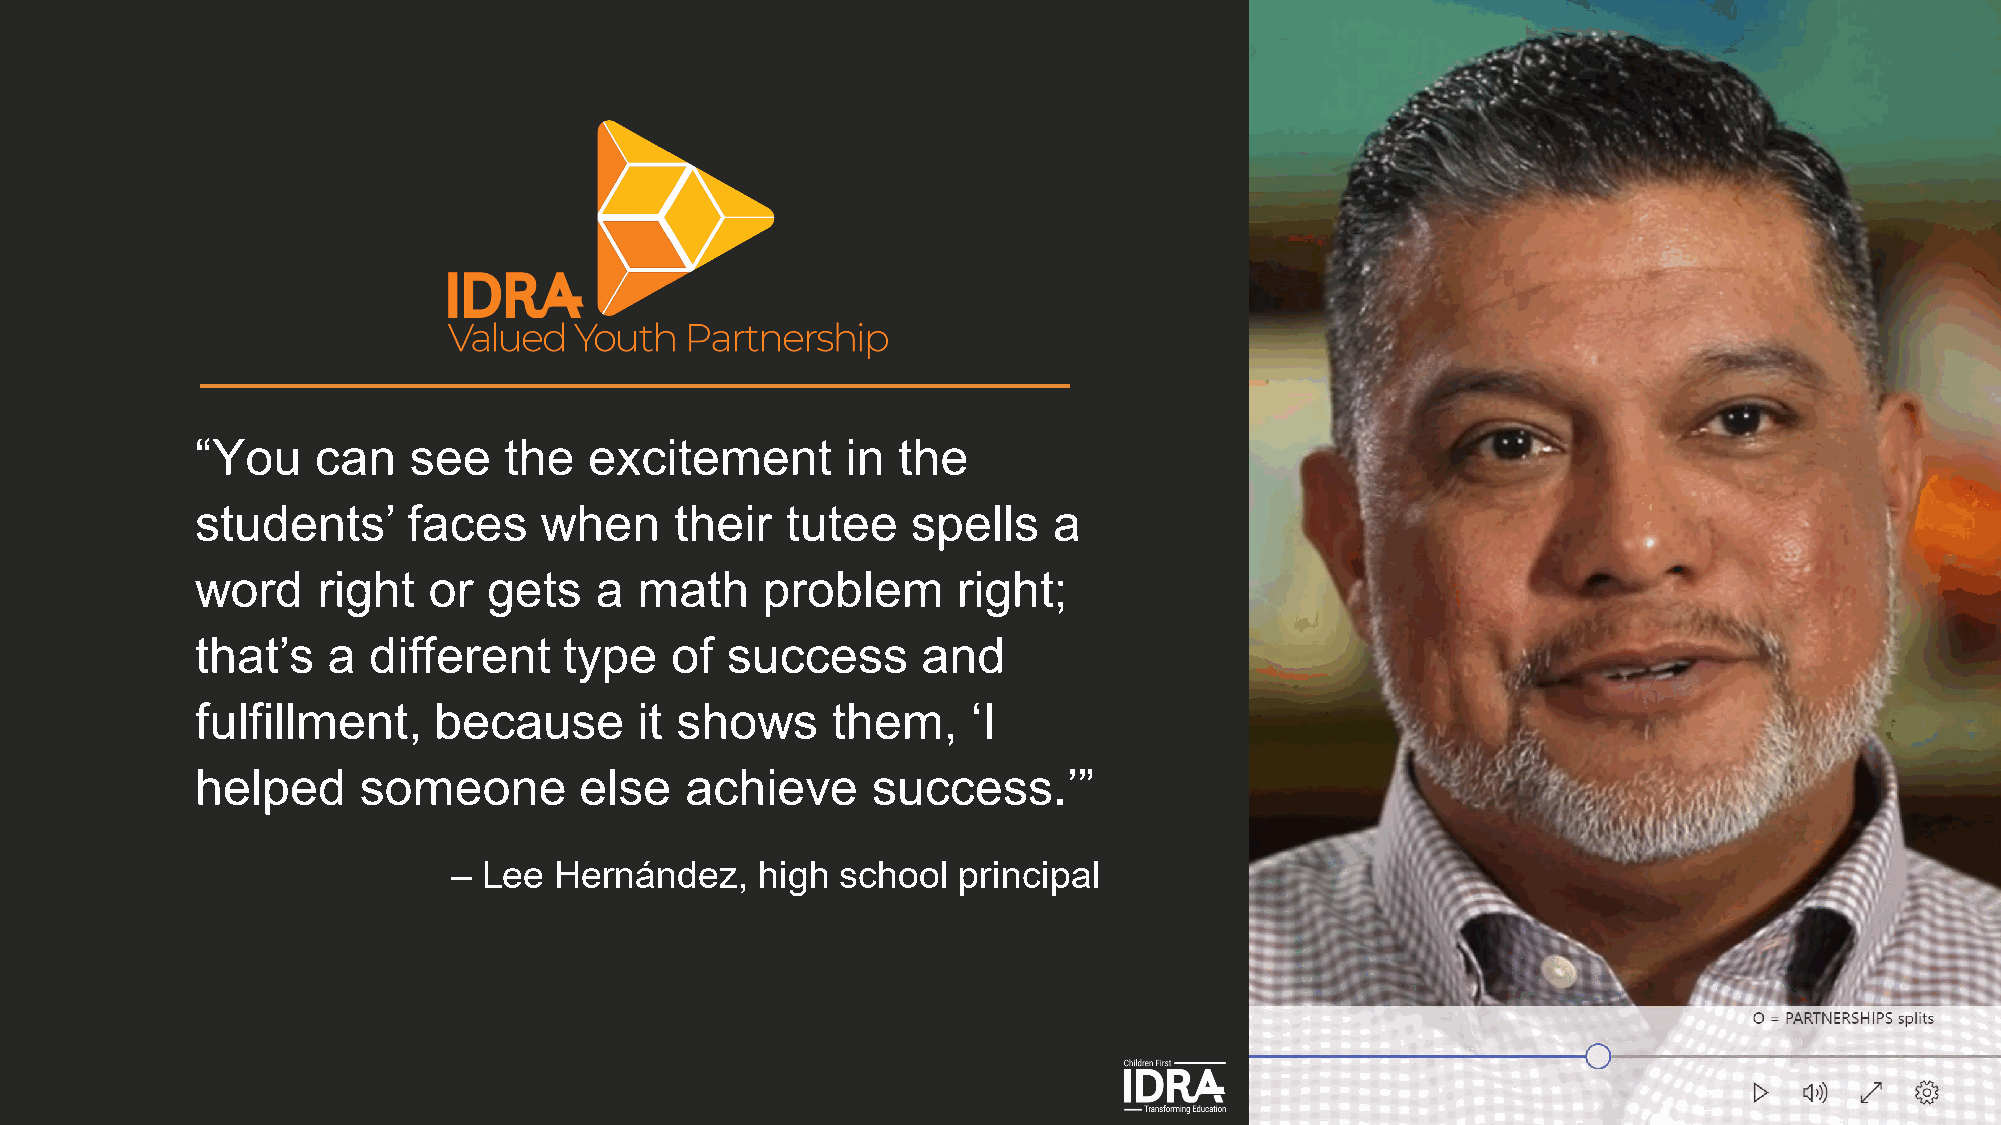
“You    can   see   the   excitement       in the
 students’     faces    when     their  tutee   spells    a
 word    right  or  gets   a  math    problem      right;
 that’s   a different    type   of  success      and
 fulfillment,    because      it shows     them,    ‘I
 helped     someone       else   achieve      success.’”
 – Lee  Hernández,   high  school principal